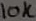
Text: 10K